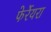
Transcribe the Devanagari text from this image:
फेर्रेयरा